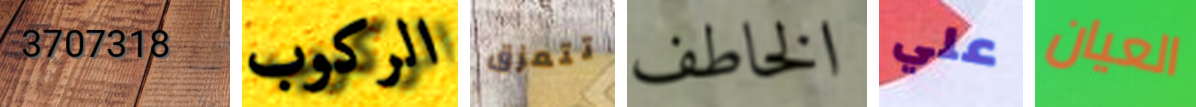
3707318 الركوب تتمزق الخاطف علي العيان